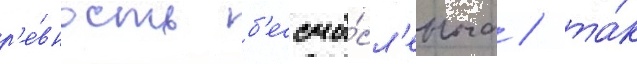
р'е́вность б'ессмы́сл'енна / та́к